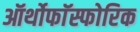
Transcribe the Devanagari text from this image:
ऑर्थोफाॅस्फोरिक